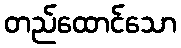
တည်ထောင်သော